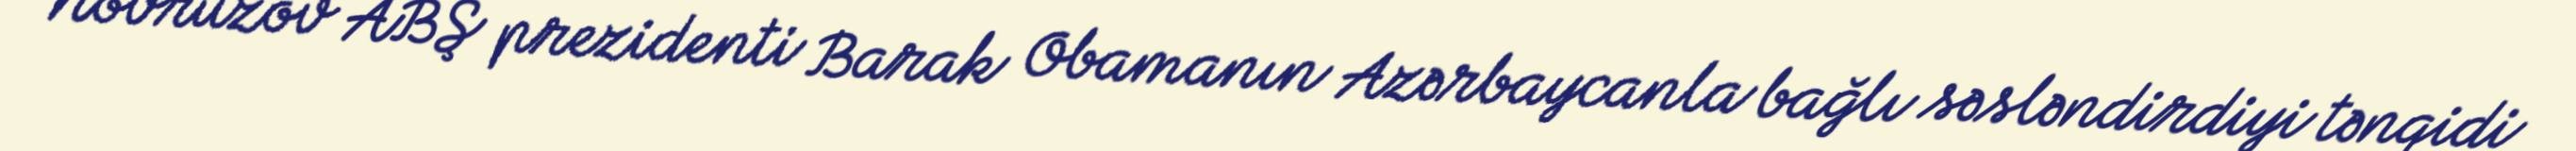
Novruzov ABŞ prezidenti Barak Obamanın Azərbaycanla bağlı səsləndirdiyi tənqidi